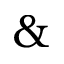
\&